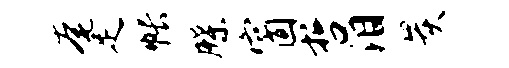
奄足帐牒窗哲泪炭